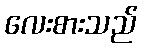
လေးစားသည်